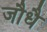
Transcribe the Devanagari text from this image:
जौधै